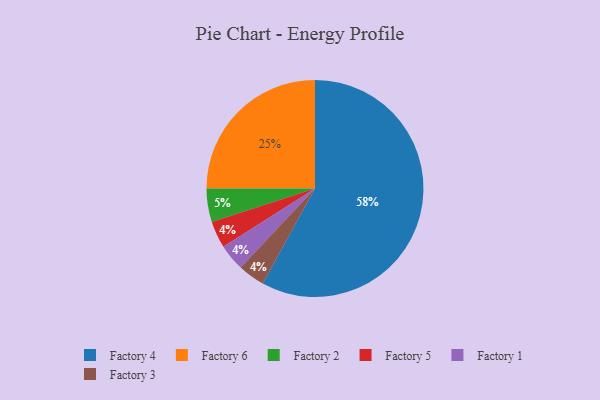
{"axis": {"x": "Category", "y": "Percentage"}, "legend": ["Factory 1", "Factory 2", "Factory 3", "Factory 4", "Factory 5", "Factory 6"], "data": [{"x": "Factory 5", "y": 4, "type": "Factory 5"}, {"x": "Factory 2", "y": 5, "type": "Factory 2"}, {"x": "Factory 6", "y": 25, "type": "Factory 6"}, {"x": "Factory 4", "y": 58, "type": "Factory 4"}, {"x": "Factory 1", "y": 4, "type": "Factory 1"}, {"x": "Factory 3", "y": 4, "type": "Factory 3"}]}